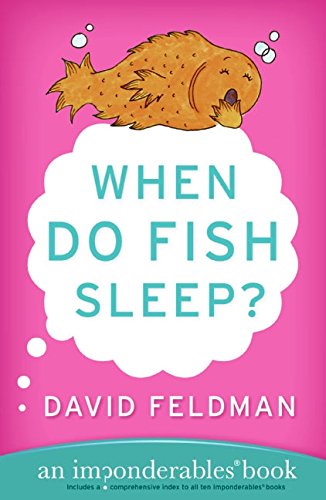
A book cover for When Do Fish Sleep? : An Imponderables Book (Imponderables Books); David Feldman; Humor & Entertainment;